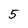
Character: 5